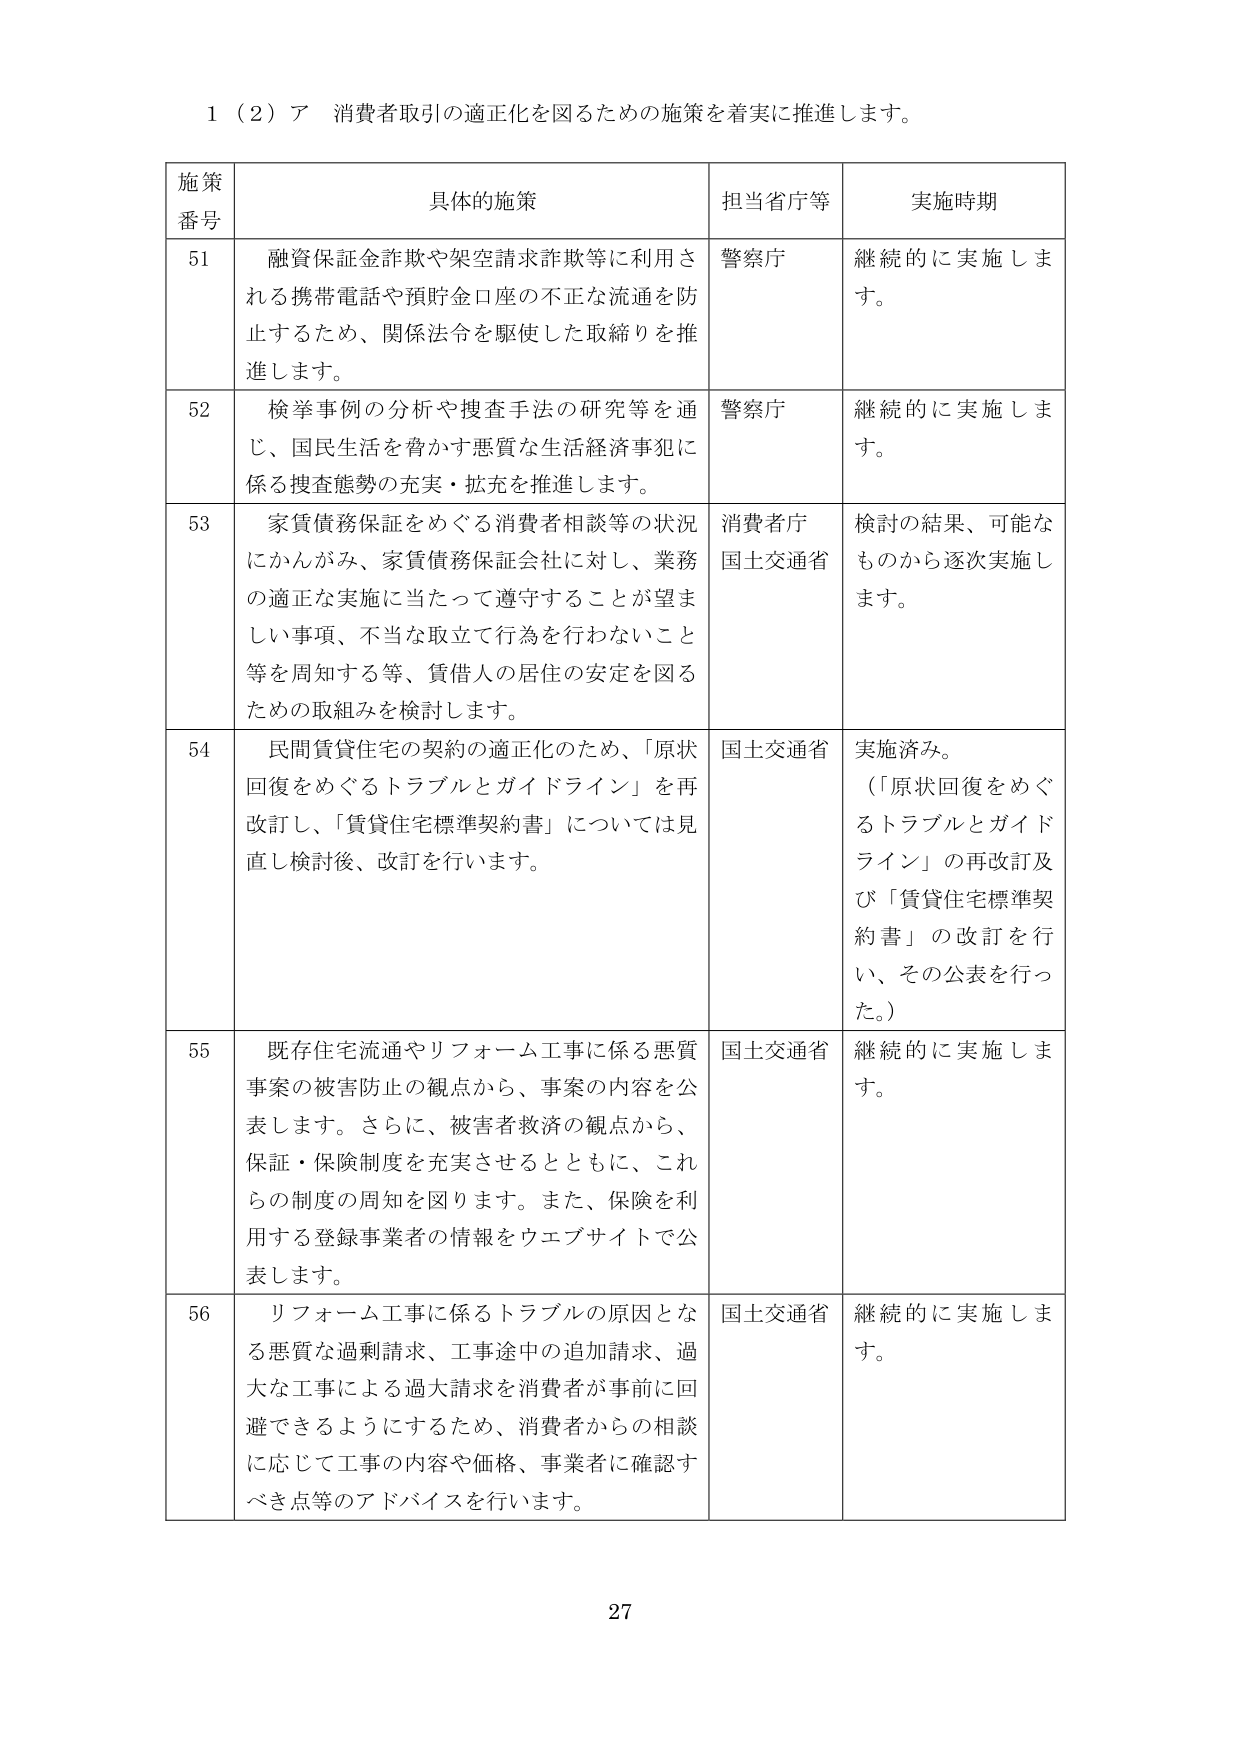
1（2）ア 消費者取引の適正化を図るための施策を着実に推進します。

施策番号	具体的施策	担当省庁等	実施時期
51	融資保証金詐欺や架空請求詐欺等に利用される携帯電話や預貯金口座の不正な流通を防止するため、関係法令を駆使した取締りを推進します。	警察庁	継続的に実施します。
52	検挙事例の分析や捜査手法の研究等を通じ、国民生活を脅かす悪質な生活経済事犯に係る捜査態勢の充実・拡充を推進します。	警察庁	継続的に実施します。
53	家賃債務保証をめぐる消費者相談等の状況にかんがみ、家賃債務保証会社に対し、業務の適正な実施に当たって遵守することが望ましい事項、不当な取立て行為を行わないこと等を周知する等、賃借人の居住の安定を図るための取組みを検討します。	消費者庁 国土交通省	検討の結果、可能なものから逐次実施します。
54	民間賃貸住宅の契約の適正化のため、「原状回復をめぐるトラブルとガイドライン」を再改訂し、「賃貸住宅標準契約書」については見直し検討後、改訂を行います。	国土交通省	実施済み。 （「原状回復をめぐるトラブルとガイドライン」の再改訂及び「賃貸住宅標準契約書」の改訂を行い、その公表を行った。）
55	既存住宅流通やリフォーム工事に係る悪質事案の被害防止の観点から、事案の内容を公表します。さらに、被害者救済の観点から、保証・保険制度を充実させるとともに、これらの制度の周知を図ります。また、保険を利用する登録事業者の情報をウェブサイトで公表します。	国土交通省	継続的に実施します。
56	リフォーム工事に係るトラブルの原因となる悪質な過剰請求、工事途中の追加請求、過大な工事による過大請求を消費者が事前に回避できるようにするため、消費者からの相談に応じて工事の内容や価格、事業者に確認すべき点等のアドバイスを行います。	国土交通省	継続的に実施します。

27